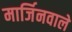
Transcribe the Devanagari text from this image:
मार्जिनवाले